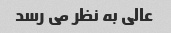
عالی به نظر می رسد